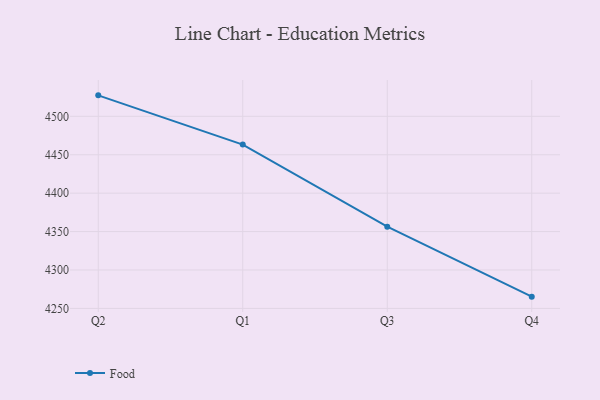
{"axis": {"x": "Quarter", "y": "Churn Rate (%)"}, "legend": ["Food"], "data": [{"x": "Q2", "y": 4527.3, "type": "Food"}, {"x": "Q1", "y": 4463.2, "type": "Food"}, {"x": "Q3", "y": 4356.3, "type": "Food"}, {"x": "Q4", "y": 4265.3, "type": "Food"}]}